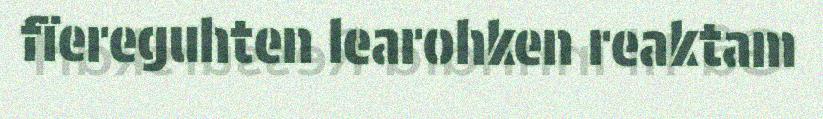
fïereguhten learohken reaktam